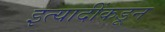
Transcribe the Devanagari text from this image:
इत्यादींकडून